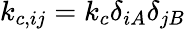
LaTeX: k_{c,ij}=k_{c}\delta_{iA}\delta_{jB}